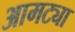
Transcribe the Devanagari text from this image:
आमट्या